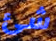
شئ